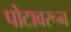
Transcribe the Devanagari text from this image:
पोटावरून